Scottish Certificate of Education, 1962
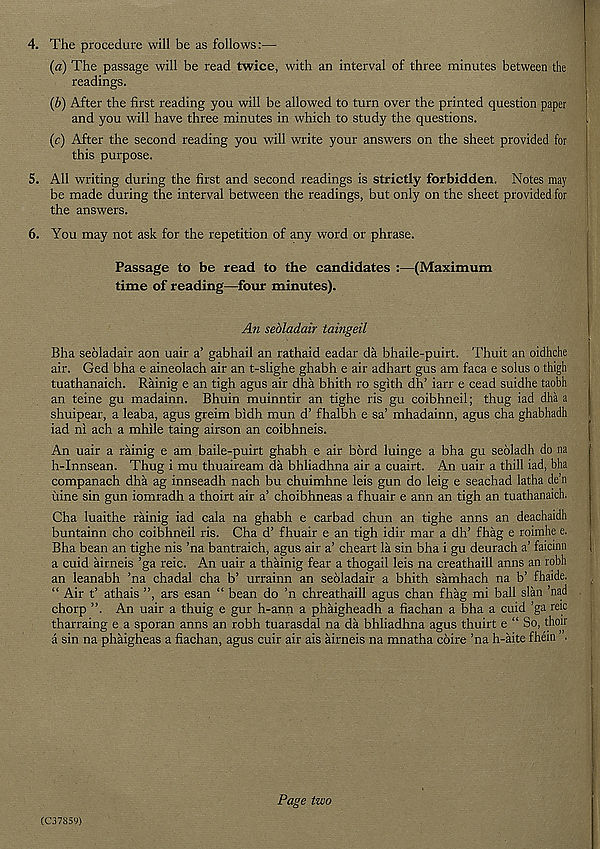
4. The procedure will be as follows:—
(a) The passage will be read twice, with an interval of three minutes between the
readings.
(b) After the first reading you will be allowed to turn over the printed question paper
and you will have three minutes in which to study the questions.
(c) After the second reading you will write your answers on the sheet provided for
this purpose.
5. All writing during the first and second readings is strictly forbidden. Notes may
be made during the interval between the readings, but only on the sheet provided for
the answers.
6. You may not ask for the repetition of any word or phrase.
Passage to be read to the candidates :—(Maximum
time of reading—four minutes).
An sebladair taingeil
Bha seoladair aon uair a’ gabhail an rathaid eadar da bhaile-puirt. Thuit an oidhche
air. Ged bha e aineolach air an t-slighe ghabh e air adhart gus am faca e solus o thigh
tuathanaich. Rainig e an tigh agus air dha bhith ro sgith dh’ iarr e cead suidhe taobh
an teine gu madainn. Bhuin muinntir an tighe ris gu coibhneil; thug iad dha a
shuipear, a leaba, agus greim bidh mun d’ fhalbh e sa’ mhadainn, agus cha ghabhadh
iad ni ach a mhile taing airson an coibhneis.
An uair a rainig e am baile-puirt ghabh e air bord luinge a bha gu seoladh do na
h-Innsean. Thug i mu thuaiream da bhliadhna air a cuairt. An uair a thill iad, bha
companach dha ag innseadh nach bu chuimhne leis gun do leig e seachad latha de’n
iiine sin gun iomradh a thoirt air a’ choibhneas a fhuair e ann an tigh an tuathanaich.
Cha luaithe rainig iad cala na ghabh e carbad chun an tighe anns an deachaidh
buntainn cho coibhneil ris. Cha d’ fhuair e an tigh idir mar a dh’ fhag e roimhe e.
Bha bean an tighe nis ’na bantraich, agus air a’ cheart la sin bha i gu deurach a’ faicinn
a cuid airneis ’ga reic. An uair a thainig fear a thogail leis na creathaill amis an robh
an leanabh ’na chadal cha b’ urrainn an seoladair a bhith samhach na b’ fhaide.
“ Air t’ athais ”, ars esan “ bean do ’n chreathaill agus chan fhag mi ball slan ’nad
chorp ”. An uair a thuig e gur h-ann a phaigheadh a fiachan a bha a cuid ’ga reic
tharraing e a sporan anns an robh tuarasdal na da bhliadhna agus thuirt e “ So, thoir
a sin na phaigheas a fiachan, agus cuir air ais airneis na mnatha coire ’na h-aite fhein •
Page two
(037850)